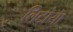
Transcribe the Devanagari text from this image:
लिटोया